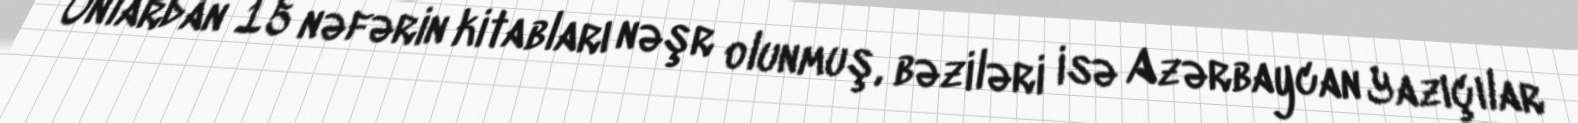
Onlardan 15 nəfərin kitabları nəşr olunmuş, bəziləri isə Azərbaycan Yazıçılar